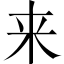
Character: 来